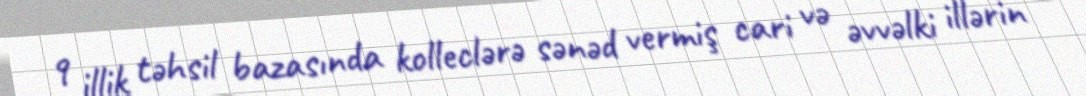
9 illik təhsil bazasında kolleclərə sənəd vermiş cari və əvvəlki illərin